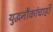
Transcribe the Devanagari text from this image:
युद्धनौकांचाही